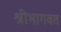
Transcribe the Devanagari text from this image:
श्रीभागवत